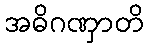
အဓိဂဏှာတိ